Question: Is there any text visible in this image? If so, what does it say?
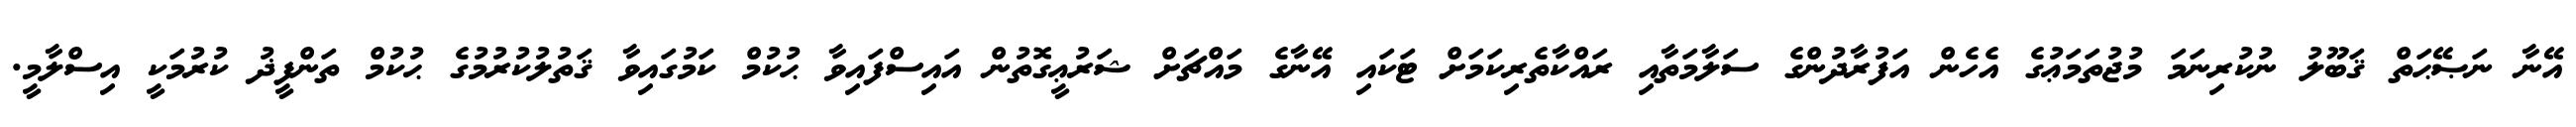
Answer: އޭނާ ނަޞޭޙަތް ޤަބޫލު ނުކުރިނަމަ މުޖުތަމަޢުގެ އެހެން އަފުރާދުންގެ ސަލާމަތާއި ރައްކާތެރިކަމަށް ޓަކައި އޭނާގެ މައްޗަށް ޝަރުޢީގޮތުން އައިސްފައިވާ ޙުކުމް ކަމުގައިވާ ޤަތުލުކުރުމުގެ ޙުކުމް ތަންފީޛު ކުރުމަކީ އިސްލާމީ.